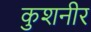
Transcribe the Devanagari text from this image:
कुशनीर